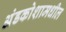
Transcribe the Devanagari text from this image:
अंडकोशामधील